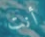
أنت